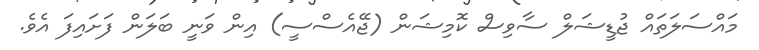
މައްސަލަތައް ޖުޑީޝަލް ސާވިސް ކޮމިޝަން (ޖޭއެސްސީ) އިން ވަނީ ބަލަން ފަށައިފަ އެވެ.